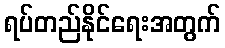
ရပ်တည်နိုင်ရေးအတွက်